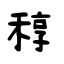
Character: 稕